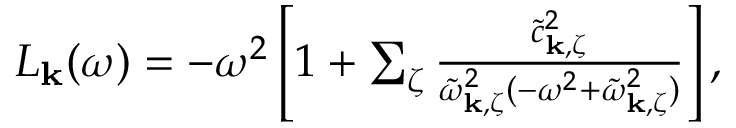
\begin{array} { r } { L _ { \mathbf { k } } ( \omega ) = - \omega ^ { 2 } \left[ 1 + \sum _ { \zeta } \frac { \tilde { c } _ { \mathbf { k } , \zeta } ^ { 2 } } { \tilde { \omega } _ { \mathbf { k } , \zeta } ^ { 2 } ( - \omega ^ { 2 } + \tilde { \omega } _ { \mathbf { k } , \zeta } ^ { 2 } ) } \right] , } \end{array}